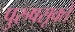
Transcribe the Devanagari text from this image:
पुरुषसूक्ते